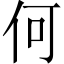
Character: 何